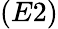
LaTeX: (E2)